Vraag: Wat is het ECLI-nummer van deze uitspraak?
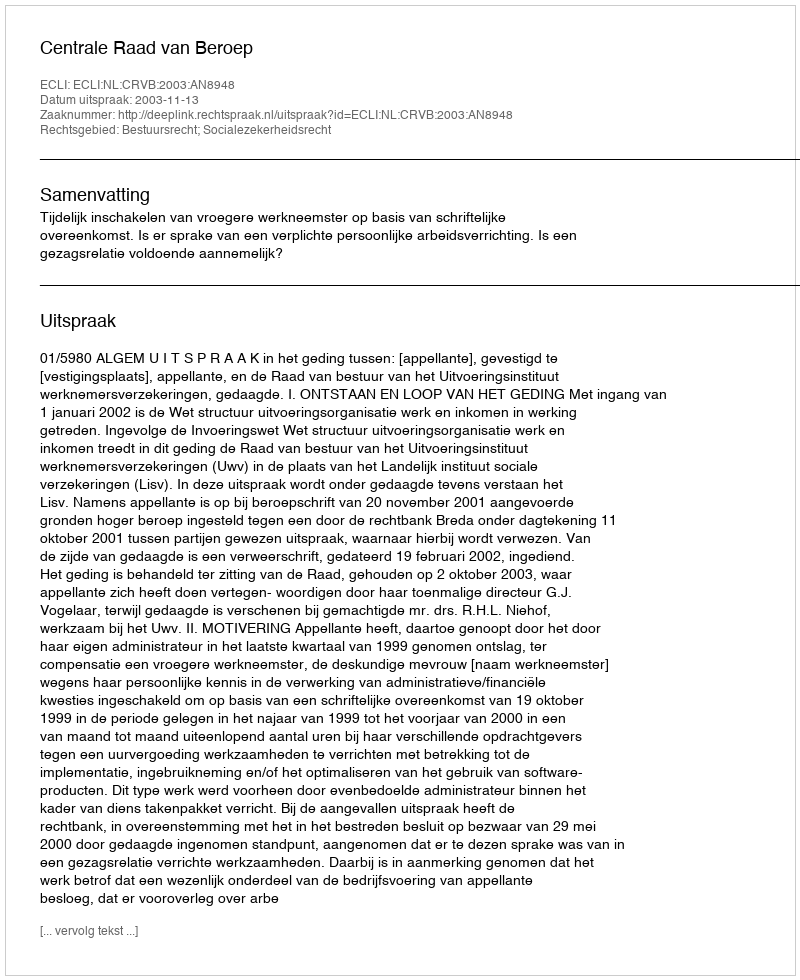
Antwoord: ECLI:NL:CRVB:2003:AN8948